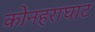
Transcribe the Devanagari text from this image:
कोनहराघाट